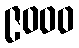
၉၀၀၀